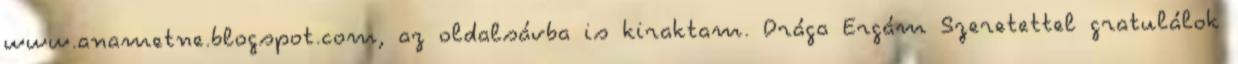
www.anametne.blogspot.com, az oldalsávba is kiraktam. Drága Ergám Szeretettel gratulálok